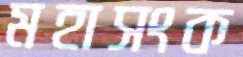
মহাসংক